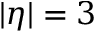
| \eta | = 3